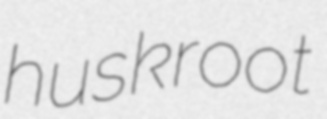
huskroot